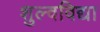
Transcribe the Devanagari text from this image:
शुल्वविद्या